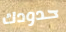
حدودك